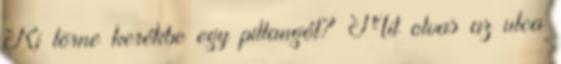
Ki törne kerékbe egy pillangót? Mit olvas az utca